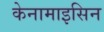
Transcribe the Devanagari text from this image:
केनामाइसिन